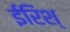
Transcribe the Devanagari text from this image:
ईरिश्